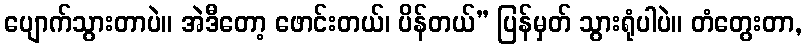
ပျောက်သွားတာပဲ။ အဲဒီတော့ ဖောင်းတယ်၊ ပိန်တယ်” ပြန်မှတ် သွားရုံပါပဲ။ တံတွေးတာ,